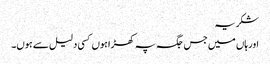
شکریہ
اور ہاں میں جس جگہ پہ کھڑا ہوں کسی دلیل سے ہوں۔